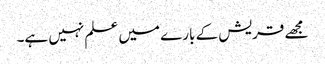
مجھے قریش کے بارے میں علم نہیں ہے۔